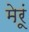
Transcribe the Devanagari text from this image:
मेरूं